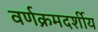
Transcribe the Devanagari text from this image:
वर्णक्रमदर्शीय